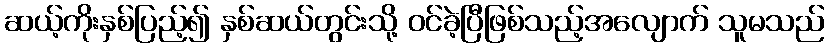
ဆယ့်ကိုးနှစ်ပြည့်၍ နှစ်ဆယ်တွင်းသို့ ဝင်ခဲ့ပြီဖြစ်သည့်အလျောက် သူမသည်